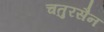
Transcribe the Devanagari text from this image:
चतुरसैन